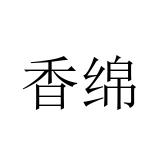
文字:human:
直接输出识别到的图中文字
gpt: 香绵